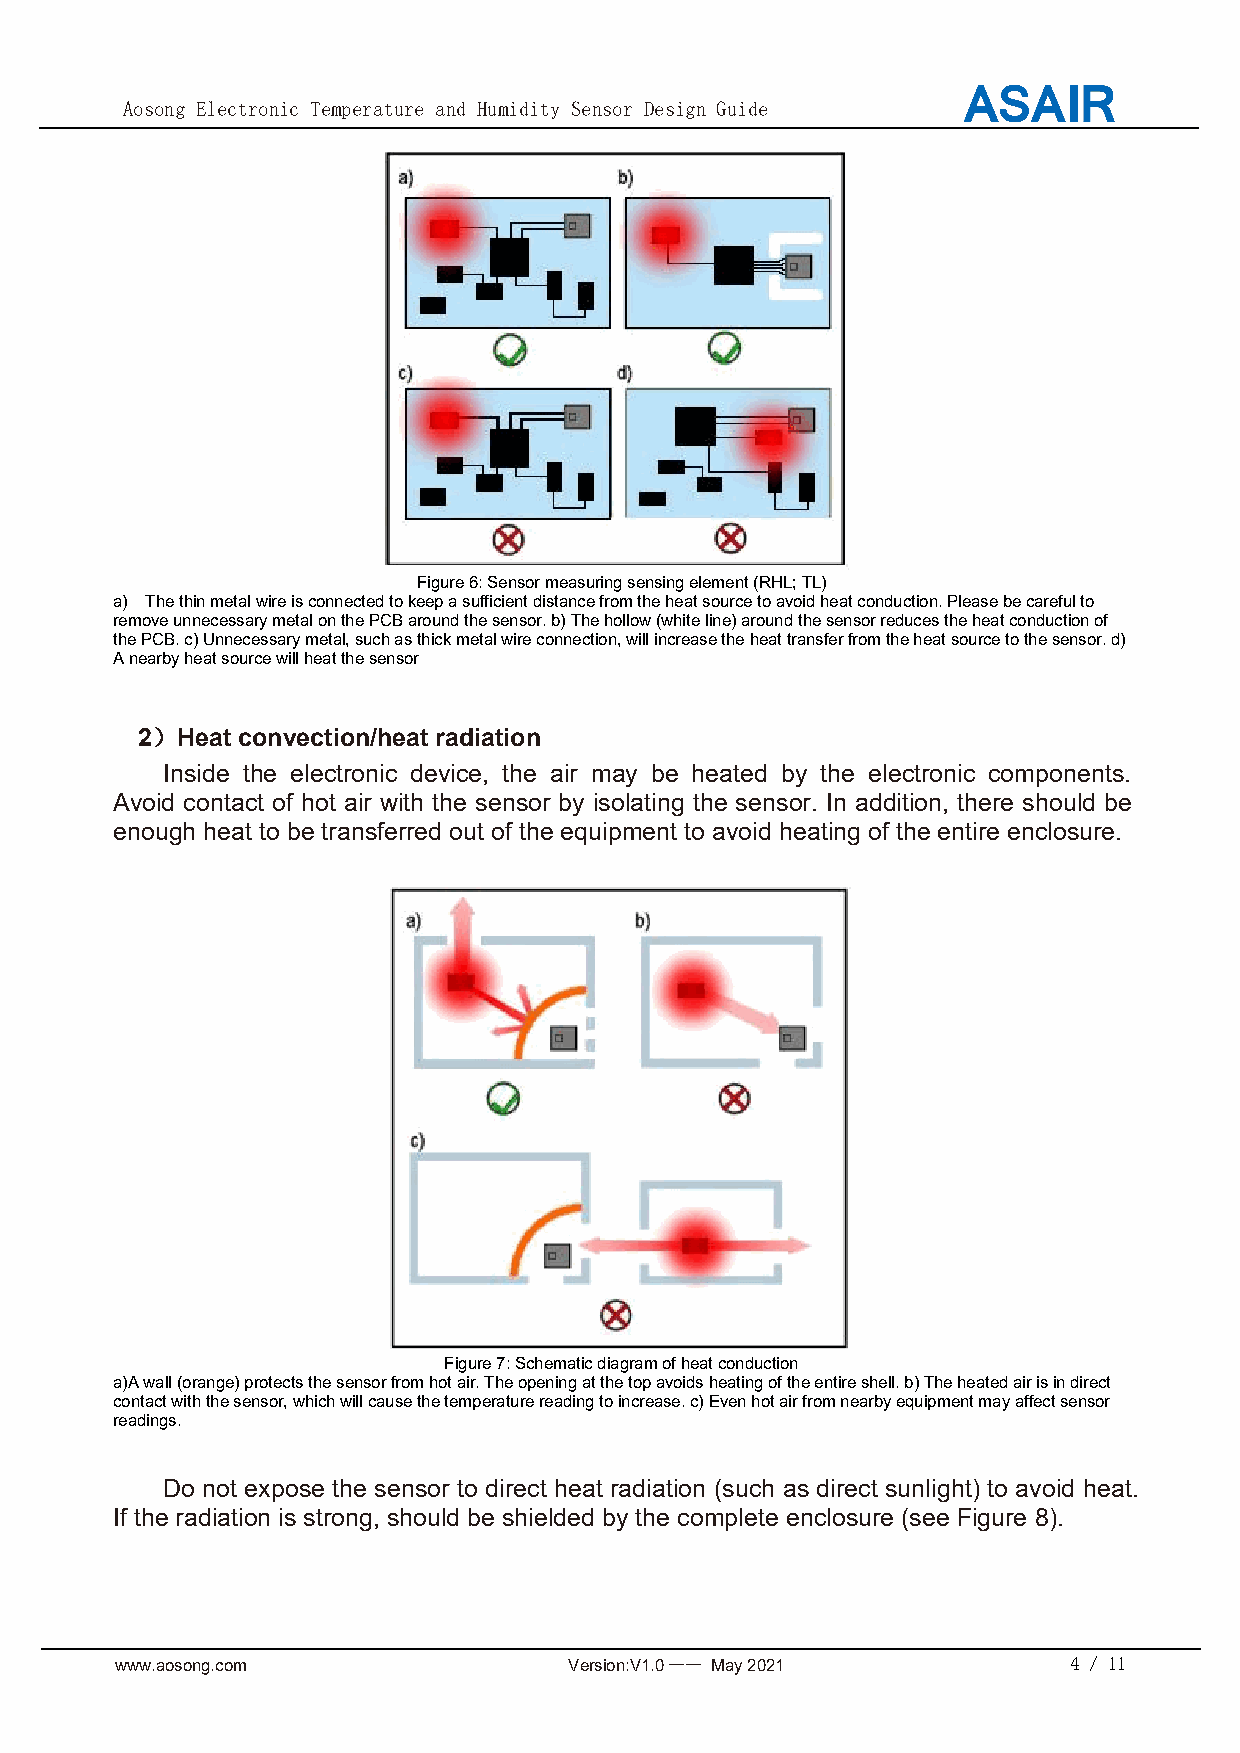
Aosong Electronic Temperature and Humidity Sensor Design Guide
 Figure6:Sensormeasuringsensingelement(RHL;TL)
 a) Thethinmetalwireisconnectedtokeepasufficientdistancefromtheheatsourcetoavoidheatconduction.Pleasebecarefulto
 removeunnecessarymetalonthePCBaroundthesensor.b)Thehollow(whiteline)aroundthesensorreducestheheatconductionof
 thePCB.c)Unnecessarymetal,suchasthickmetalwireconnection,willincreasetheheattransferfromtheheatsourcetothesensor.d)
 Anearbyheatsourcewillheatthesensor
 2）Heat convection/heat radiation
 Inside the electronic device, the air may be heated by the electronic components.
 Avoid contact of hot air with the sensor by isolating the sensor. In addition, there should be
 enough heat to be transferred out of the equipment to avoid heating of the entire enclosure.
 Figure7:Schematicdiagramofheatconduction
 a)Awall(orange)protectsthesensorfromhotair.Theopeningatthetopavoidsheatingoftheentireshell.b)Theheatedairisindirect
 contactwiththesensor,whichwillcausethetemperaturereadingtoincrease.c)Evenhotairfromnearbyequipmentmayaffectsensor
 readings.
 Do not expose the sensor to direct heat radiation (such as direct sunlight) to avoid heat.
 If the radiation is strong, should be shielded by the complete enclosure (see Figure 8).
 www.aosong.com                Version:V1.0—— May2021           4 / 11